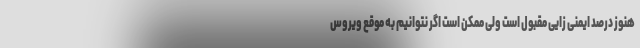
هنوز درصد ایمنی زایی مقبول است ولی ممکن است اگر نتوانیم به موقع ویروس